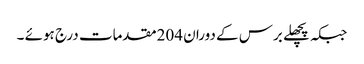
جبکہ پچھلے برس کے دوران 204مقدمات درج ہوئے ۔